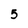
Character: 5